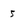
Character: 5